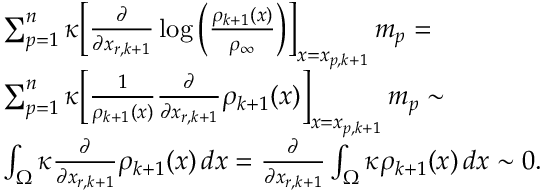
\begin{array} { r l } & { \sum _ { p = 1 } ^ { n } \kappa \Big [ \frac { \partial } { \partial x _ { r , k + 1 } } \log \Big ( \frac { \rho _ { k + 1 } ( x ) } { \rho _ { \infty } } \Big ) \Big ] _ { x = x _ { p , k + 1 } } \, m _ { p } = } \\ & { \sum _ { p = 1 } ^ { n } \kappa \Big [ \frac { 1 } { \rho _ { k + 1 } ( x ) } \frac { \partial } { \partial x _ { r , k + 1 } } \rho _ { k + 1 } ( x ) \Big ] _ { x = x _ { p , k + 1 } } \, m _ { p } \sim } \\ & { \int _ { \Omega } \kappa \frac { \partial } { \partial x _ { r , k + 1 } } \rho _ { k + 1 } ( x ) \, d x = \frac { \partial } { \partial x _ { r , k + 1 } } \int _ { \Omega } \kappa \rho _ { k + 1 } ( x ) \, d x \sim 0 . } \end{array}